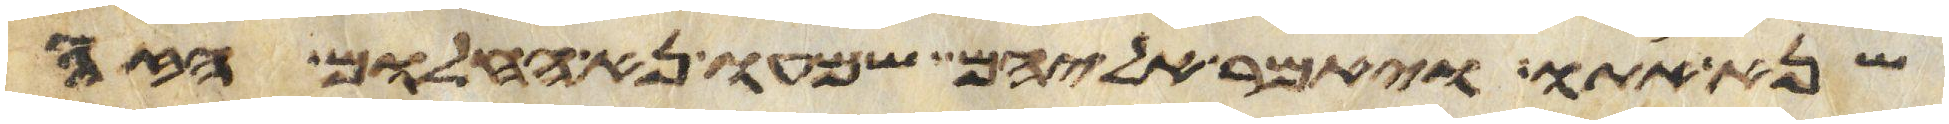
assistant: שנא אתו ויאמר אליהם שמעו נא החלום הזה